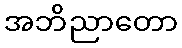
အဘိညာတော